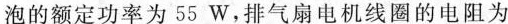
泡的额定功率为55W，排气扇电机线圈的电阻为